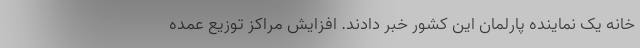
خانه یک نماینده پارلمان این کشور خبر دادند. افزایش مراکز توزیع عمده